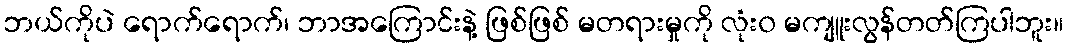
ဘယ်ကိုပဲ ရောက်ရောက်၊ ဘာအကြောင်းနဲ့ ဖြစ်ဖြစ် မတရားမှုကို လုံး၀ မကျူးလွန်တတ်ကြပါဘူး။